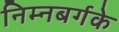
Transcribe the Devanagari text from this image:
निम्नबर्गके